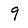
Character: 9